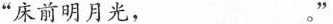
”床前明月光，___。”